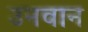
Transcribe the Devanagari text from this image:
उनवान